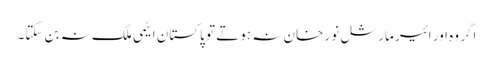
اگر وہ اور ائیر مارشل نور خان نہ ہوتے تو پاکستان ایٹمی ملک نہ بن سکتا۔